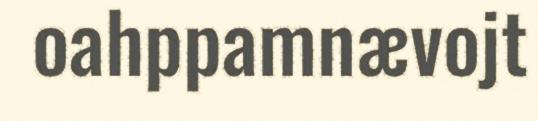
oahppamnævojt